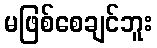
မဖြစ်စေချင်ဘူး